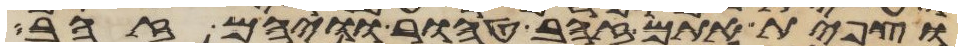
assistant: וצפית אתם זהב טהור וויהם זהב